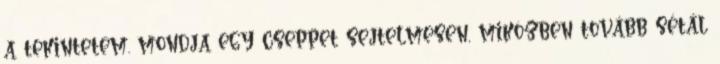
a tekintetem. mondja egy cseppet sejtelmesen, miközben tovább sétál